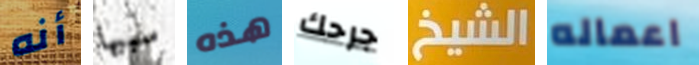
أنه سببها هذه جرحك الشيخ اعماله